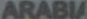
ARABIA